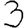
Digit: 3